65_HS1-834228961_62-HQ-83894_Section_4
Agency: FBI
Page 109
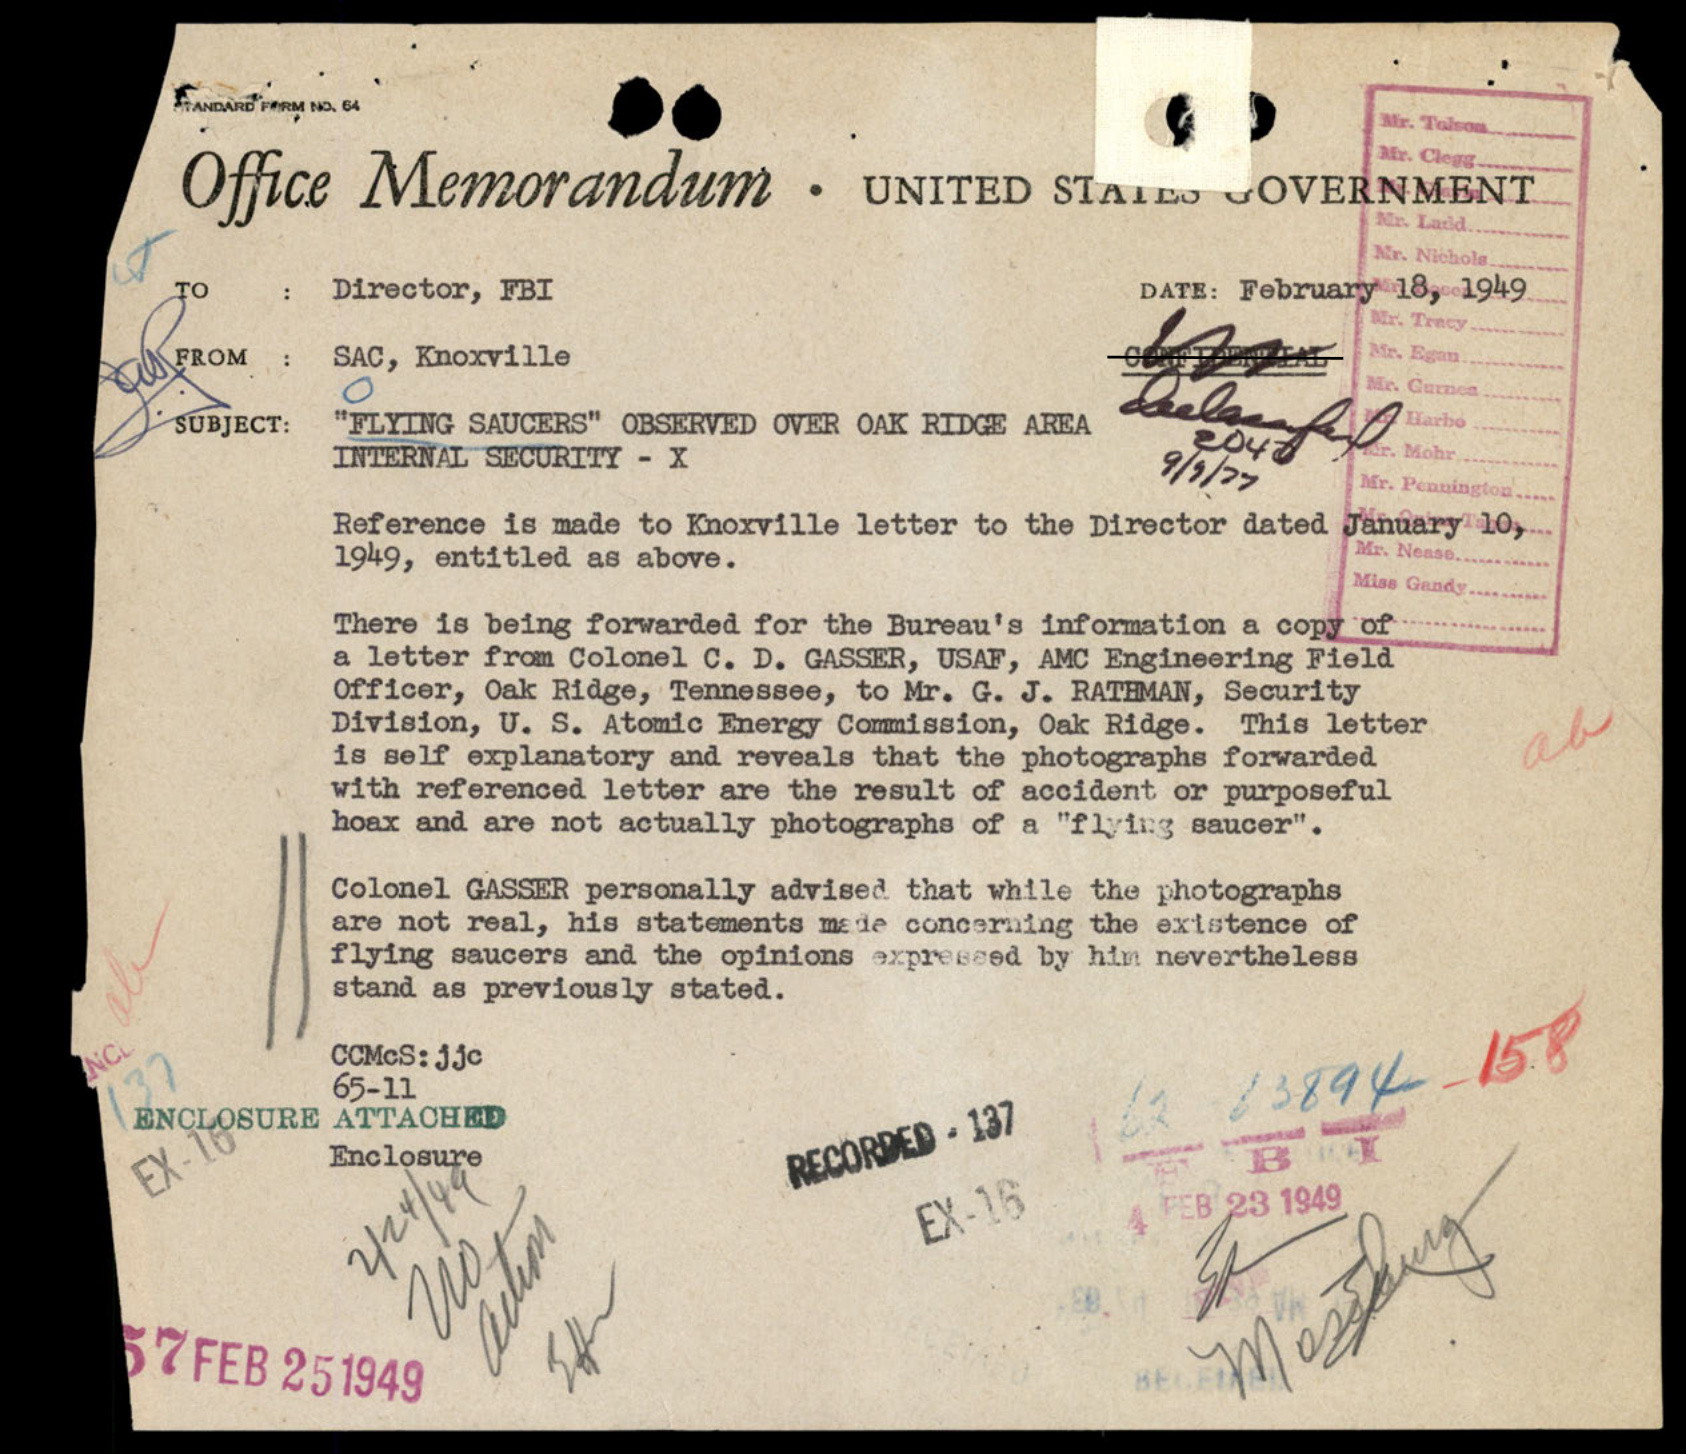